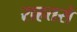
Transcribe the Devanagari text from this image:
राहतसे